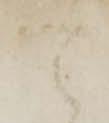
可